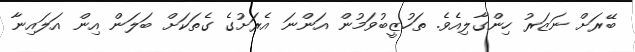
ބޭރަށް ނަޒަރު ހިންގާލިއެވެ. ތަހުޒީބުވަމުން އަންނަ އެރަށުގެ ގެތަކަށް ބަލަން އިން އަލައިނާ